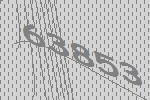
63853